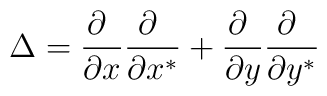
\Delta=\frac{\partial \ }{\partial x}\frac{\partial \ }{\partial x^*}+\frac{\partial \ }{\partial y}\frac{\partial \ }{\partial y^*}